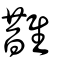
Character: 䧿